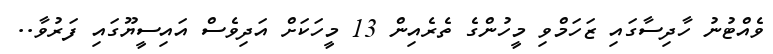
ވެއްޓުނު ހާދިސާގައި ޒަހަމްވި މީހުންގެ ތެރެއިން 13 މީހަކަށް އަދިވެސް އައިސީޔޫގައި ފަރުވާ..